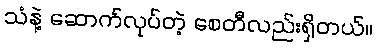
သံနဲ့ ဆောက်လုပ်တဲ့ စေတီလည်းရှိတယ်။